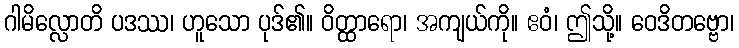
ဂါမိလ္လောတိ ပဒဿ၊ ဟူသော ပုဒ်၏။ ဝိတ္ထာရော၊ အကျယ်ကို။ ဧဝံ၊ ဤသို့။ ဝေဒိတဗ္ဗော၊